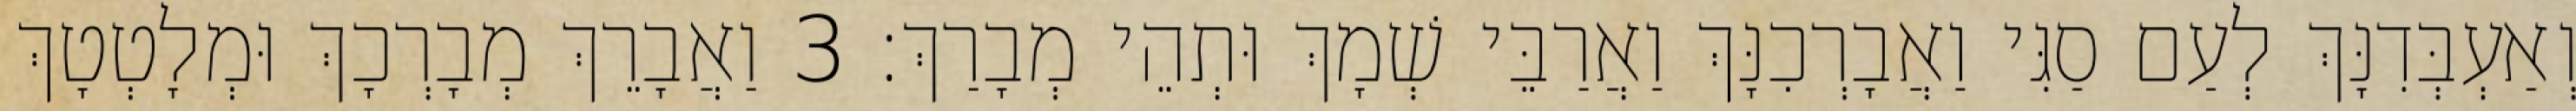
וְאַעְבְּדִנָּךְ לְעַם סַגִּי וַאֲבָרְכִנָּךְ וַאֲרַבֵּי שְׁמָךְ וּתְהֵי מְבָרַךְ׃ 3 וַאֲבָרֵךְ מְבָרְכָךְ וּמְלָטְטָךְ